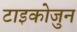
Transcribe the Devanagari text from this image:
टाइकोजुन